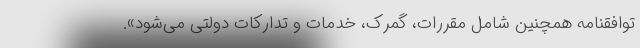
توافقنامه همچنین شامل مقررات، گمرک، خدمات و تدارکات دولتی می‌شود».